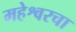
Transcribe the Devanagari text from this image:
महेश्वरचा